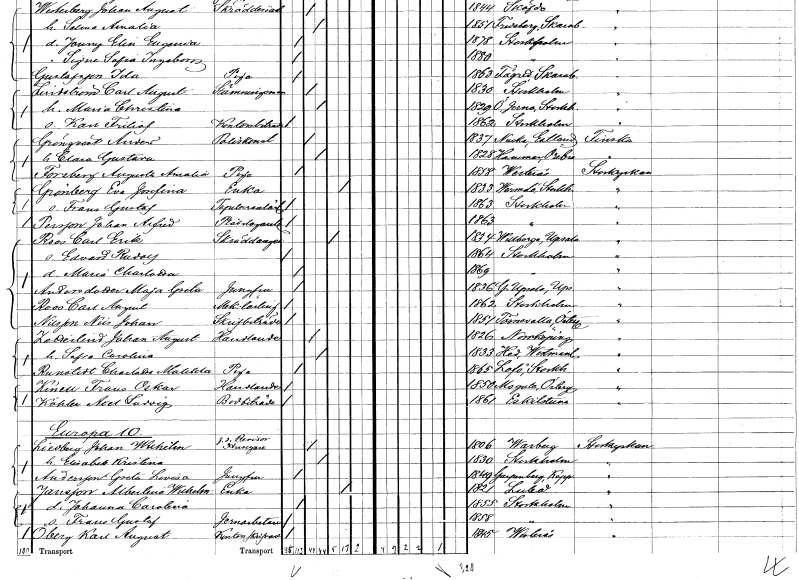
gt_parse: households: individuals: FN: Anders
EN: Grönqvist
YRKE: Poliskonstapel
KON: M
CIV: G
FODAR: 1837
FN: Clara Gustava
KON: K
CIV: G
FODAR: 1828
FODFORS: Hammar Örebro län
FN: Augusta Amalia
EN: Forsberg
YRKE: Piga
KON: K
CIV: O
FODAR: 1858
FODFORS: Västerås Västmanlands län
FN: Eva Josefina
EN: Grönberg
YRKE: Änka
KON: K
CIV: E
FODAR: 1833
FODFORS: Värmdö Stockholms län
FN: Frans Gustaf
YRKE: Tapetserarelärling
KON: M
CIV: O
FODAR: 1863
FODFORS: Stockholm
FN: Johan Alfred
EN: Persson
YRKE: Plåtslagaregesäll
KON: M
CIV: O
FODAR: 1863
FODFORS: Stockholm
FN: Carl Erik
EN: Roos
YRKE: Skräddaregesäll
KON: M
CIV: E
FODAR: 1834
FODFORS: Villberga Uppsala län
FN: Edvard Rudolf
KON: M
CIV: O
FODAR: 1864
FODFORS: Stockholm
FN: Maria Charlotta
KON: K
CIV: O
FODAR: 1869
FODFORS: Stockholm
FN: Maja Greta
EN: Andersdotter
YRKE: Jungfru
KON: K
CIV: O
FODAR: 1836
FODFORS: Gamla Uppsala Uppsala län
FN: Carl August
EN: Roos
YRKE: Mekanikerlärling
KON: M
CIV: O
FODAR: 1862
FODFORS: Stockholm
FN: Nils Johan
EN: Nilsson
YRKE: Skrivbiträde
KON: M
CIV: O
FODAR: 1851
FODFORS: Törnevalla Östergötlands län
FN: Johan August
EN: Zetterlind
YRKE: Handlande
KON: M
CIV: G
FODAR: 1826
FODFORS: Norrköping Östergötlands län
FN: Sofia Carolina
KON: K
CIV: G
FODAR: 1833
FODFORS: Hed Västmanlands län
FN: Charlotta Matilda
EN: Runstedt
YRKE: Piga
KON: K
CIV: O
FODAR: 1865
FODFORS: Lovö Stockholms län
FN: Frans Oskar
EN: Kinell
YRKE: Handlande
KON: M
CIV: O
FODAR: 1850
FODFORS: Mogata Östergötlands län
FN: Axel Ludvig
EN: Köhler
YRKE: Bodbiträde
KON: M
CIV: O
FODAR: 1861
FODFORS: Eskilstuna Södermanlands län
FN: Johan Wilhelm
EN: Liedberg
YRKE: Husägare Revisor f.d.
KON: M
CIV: G
FODAR: 1806
FODFORS: Varberg Hallands län
FN: Elisabet Kristina
KON: K
CIV: G
FODAR: 1830
FODFORS: Stockholm
FN: Greta Lovisa
EN: Andersson
YRKE: Jungfru
KON: K
CIV: O
FODAR: 1849
FODFORS: Garpenberg Kopparbergs län
FN: Albertina Wilhelmina
EN: Jansson
YRKE: Änka
KON: K
CIV: E
FODAR: 1821
FODFORS: Luleå Norrbottens län
FN: Johanna Carolina
KON: K
CIV: O
FODAR: 1855
FODFORS: Stockholm
FN: Frans Gustaf
YRKE: Järnarbetare
KON: M
CIV: O
FODAR: 1858
FODFORS: Stockholm
FN: Karl August
EN: Öberg
YRKE: Kontorsskrivare
KON: M
CIV: O
FODAR: 1845
FODFORS: Västerås Västmanlands län